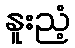
နူးညံ့